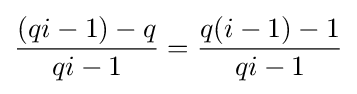
{\frac {(qi-1)-q}{qi-1}}={\frac {q(i-1)-1}{qi-1}}